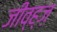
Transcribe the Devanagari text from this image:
जीव्ह्ज़